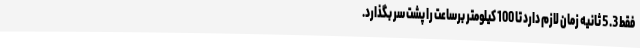
فقط 3. 5 ثانیه زمان لازم دارد تا 100 کیلومتر برساعت را پشت سر بگذارد.